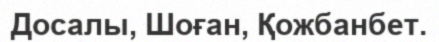
Досалы, Шоған, Қожбанбет.